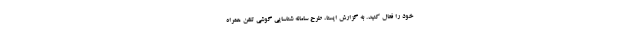
خود را فعال کنید. به گزارش ایسنا، طرح سامانه شناسایی گوشی تلفن همراه